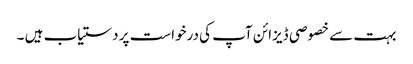
بہت سے خصوصی ڈیزائن آپ کی درخواست پر دستیاب ہیں ۔